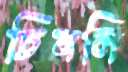
চিনলি